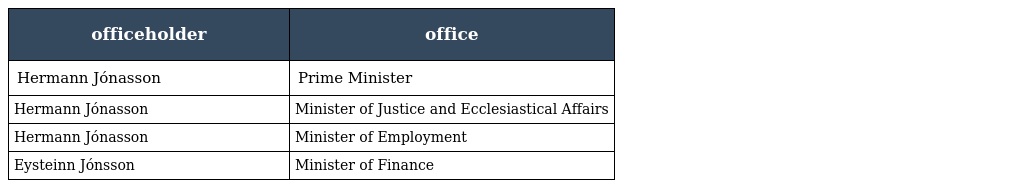
| officeholder | office |
 | --- | --- |
 | Hermann Jónasson | Prime Minister |
 | Hermann Jónasson | Minister of Justice and Ecclesiastical Affairs |
 | Hermann Jónasson | Minister of Employment |
 | Eysteinn Jónsson | Minister of Finance |